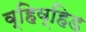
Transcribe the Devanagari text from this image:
व्हिव्हिड